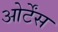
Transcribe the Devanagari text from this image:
ओर्टेंस